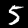
Label: 5